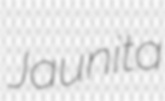
Jaunita